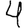
Digit: 4